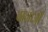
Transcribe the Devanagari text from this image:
बानार्जी